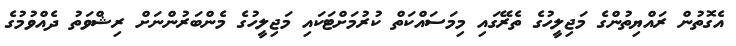
އެގޮތުން ރައްޔިތުންގެ މަޖިލީހުގެ ތެރޭގައި މިމަސައްކަތް ކުރުމަށްޓަަކައި މަޖިލީހުގެ މެންބަރުންނަށް ރިޝްވަތު ދެއްވުމުގެ